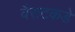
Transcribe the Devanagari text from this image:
वैराटकडे